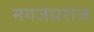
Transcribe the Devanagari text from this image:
मगजधराज